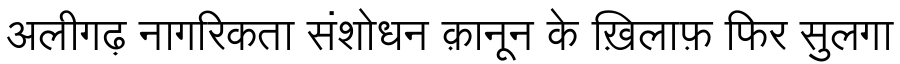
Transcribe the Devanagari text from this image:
अलीगढ़ नागरिकता संशोधन क़ानून के ख़िलाफ़ फिर सुलगा